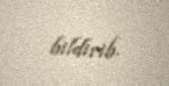
bildirib.